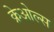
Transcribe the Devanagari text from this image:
क्रेओल्स